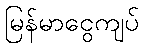
မြန်မာငွေကျပ်